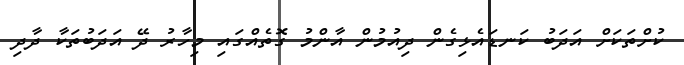
ކުށްތަކަށް އަދަބު ކަނޑައެޅިގެން ދިއުމުން އާންމު ގޮތެއްގައި މިހާރު ދޭ އަދަބުތަކާ ދާދި